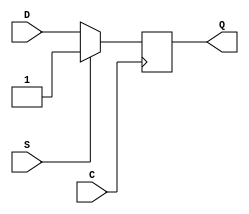

`timescale  1 ps / 1 ps


module FDS (Q, C, D, S);

    parameter INIT = 1'b1;

    output Q;

    input  C, D, S;

    wire Q;
    reg q_out;

    initial q_out = INIT;

    assign Q = q_out;

    always @(posedge C )
         if (S)
	     q_out <=  1;
         else
	     q_out <=  D;

endmodule